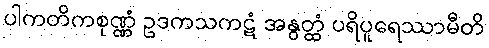
ပါကတိကစုဏ္ဏံ ဥဒကသကဋံ အနွတ္ထံ ပရိပူရေဿာမီတိ